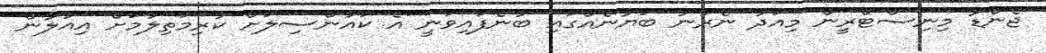
ޖެންޑާ މިނިސްޓްރީން މިއަދު ނެރުނު ބަޔާނެއްގައި ބުނެފައިވަނީ އެ ކައުންސިލަށް ކުރިމަތިލުމަށް އިއުލާން